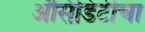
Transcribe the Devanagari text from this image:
अॅसिडिटीचा